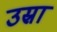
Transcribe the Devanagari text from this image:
उस्रा